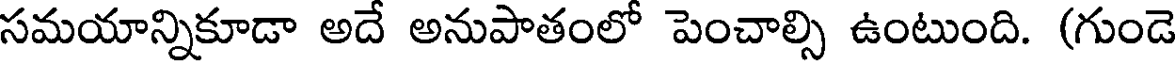
సమయాన్నికూడా అదే అనుపాతంలో పెంచాల్సి ఉంటుంది. (గుండె